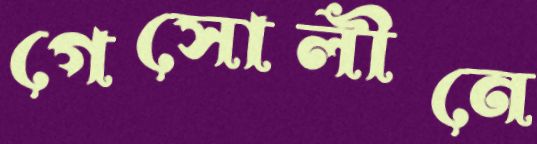
গেসোলীনে